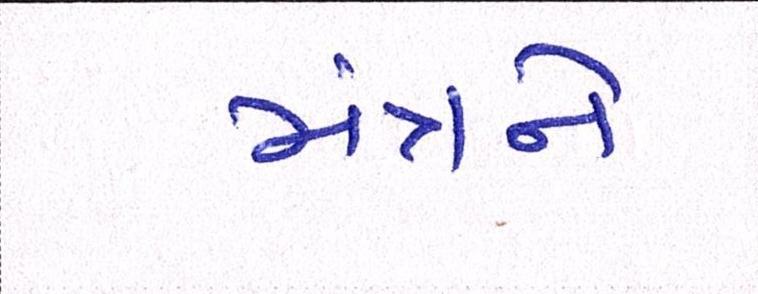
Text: મંત્રને